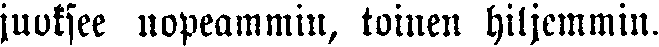
juoksee nopeammin, toinen hiljemmin.